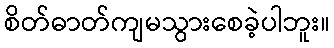
စိတ်ဓာတ်ကျမသွားစေခဲ့ပါဘူး။